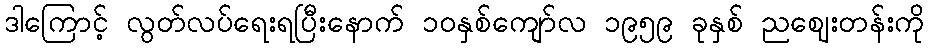
ဒါကြောင့် လွတ်လပ်ရေးရပြီးနောက် ၁၀နှစ်ကျော်လ ၁၉၅၉ ခုနှစ် ညဈေးတန်းကို